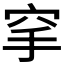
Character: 𥤺